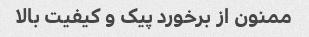
ممنون از برخورد پیک و کیفیت بالا